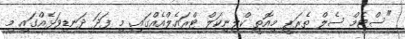
"ސްޓެމް ސެލް ތެރަޕީ މިއޮތީ ކްލިނިކަލް ޓްރައެލްއެއްގައި. މި ފަދަ ދަނޑިވަޅެއްގައި މި